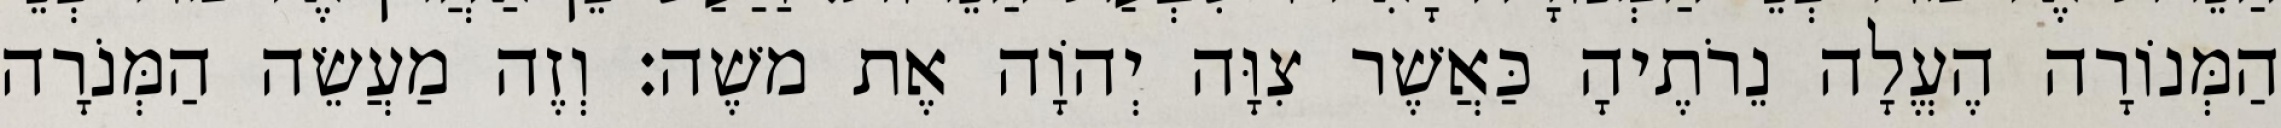
הַמְּנוֹרָה הֶעֱלָה נֵרֹתֶיהָ כַּאֲשֶׁר צִוָּה יְהוָֹה אֶת משֶׁה׃ וְזֶה מַעֲשֵׂה הַמְּנֹרָה